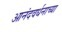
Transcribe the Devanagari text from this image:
आनंदवर्धनाच्या